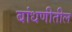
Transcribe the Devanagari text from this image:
बांधणीतील